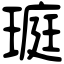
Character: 𤧻